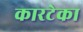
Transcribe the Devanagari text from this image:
कारटेका